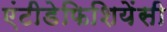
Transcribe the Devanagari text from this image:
एंटीडेफिशियेंसी